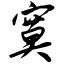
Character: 寞